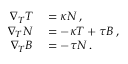
\begin{array} { r l } { \nabla _ { T } T } & { { } = \kappa N \, , } \\ { \nabla _ { T } N } & { { } = - \kappa T + \tau B \, , } \\ { \nabla _ { T } B } & { { } = - \tau N \, . } \end{array}